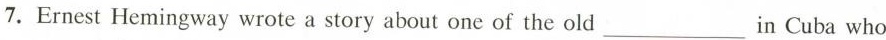
7.Ernest Hemingway wrote a story about one of the old ___ in Cuba who